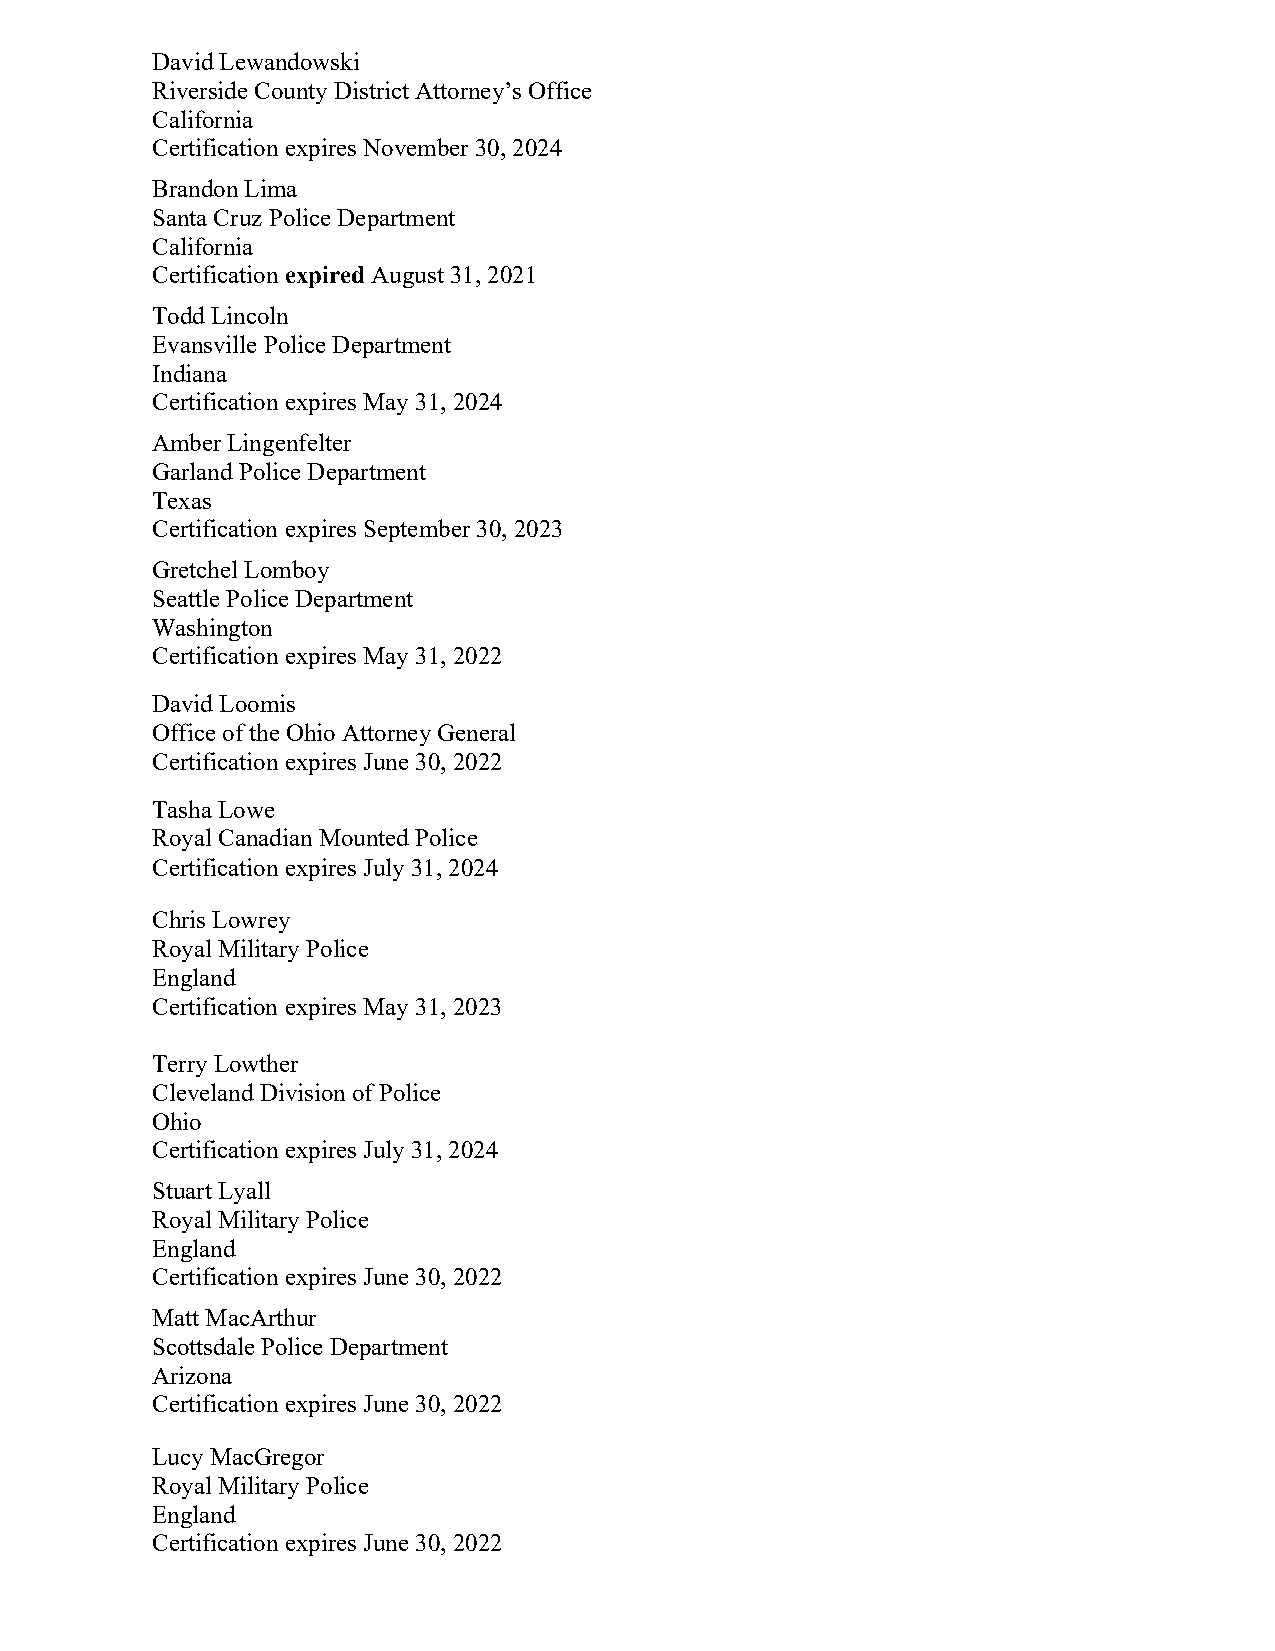
David Lewandowski
 Riverside County District Attorney’s Office
 California
 Certification expires November 30, 2024
 Brandon Lima
 Santa Cruz Police Department
 California
 Certification expired August 31, 2021
 Todd Lincoln
 Evansville Police Department
 Indiana
 Certification expires May 31, 2024
 Amber Lingenfelter
 Garland Police Department
 Texas
 Certification expires September 30, 2023
 Gretchel Lomboy
 Seattle Police Department
 Washington
 Certification expires May 31, 2022
 David Loomis
 Office of the Ohio Attorney General
 Certification expires June 30, 2022
 Tasha Lowe
 Royal Canadian Mounted Police
 Certification expires July 31, 2024
 Chris Lowrey
 Royal Military Police
 England
 Certification expires May 31, 2023
 Terry Lowther
 Cleveland Division of Police
 Ohio
 Certification expires July 31, 2024
 Stuart Lyall
 Royal Military Police
 England
 Certification expires June 30, 2022
 Matt MacArthur
 Scottsdale Police Department
 Arizona
 Certification expires June 30, 2022
 Lucy MacGregor
 Royal Military Police
 England
 Certification expires June 30, 2022